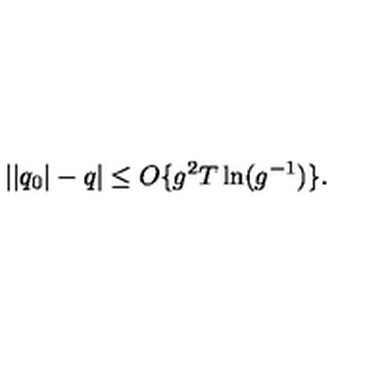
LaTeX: | | q _ { 0 } | - q | \leq O \{ g ^ { 2 } T \ln ( g ^ { - 1 } ) \} .